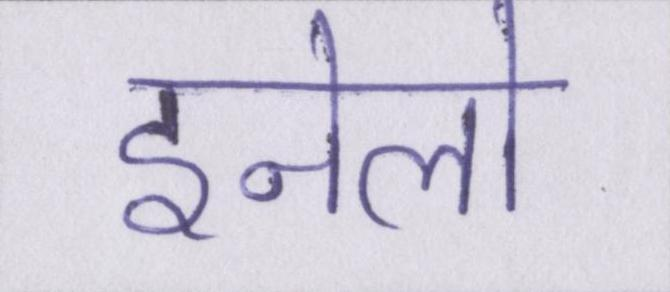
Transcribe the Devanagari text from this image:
इनेलो